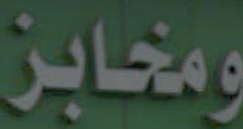
ومخابز